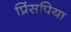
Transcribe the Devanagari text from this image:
प्रिंसपिया